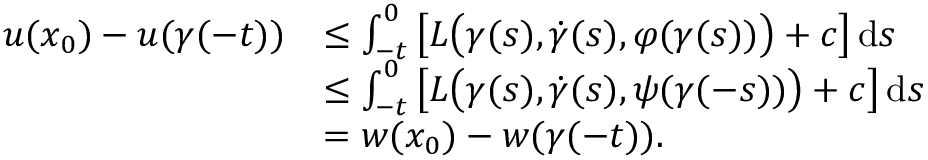
\begin{array} { r l } { u ( x _ { 0 } ) - u ( \gamma ( - t ) ) } & { \leq \int _ { - t } ^ { 0 } \big [ L \bigl ( \gamma ( s ) , \dot { \gamma } ( s ) , \varphi ( \gamma ( s ) ) \bigr ) + c \big ] \, \mathrm { d } s } \\ & { \leq \int _ { - t } ^ { 0 } \big [ L \bigl ( \gamma ( s ) , \dot { \gamma } ( s ) , \psi ( \gamma ( - s ) ) \bigr ) + c \big ] \, \mathrm { d } s } \\ & { = w ( x _ { 0 } ) - w ( \gamma ( - t ) ) . } \end{array}